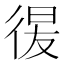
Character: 𢔕